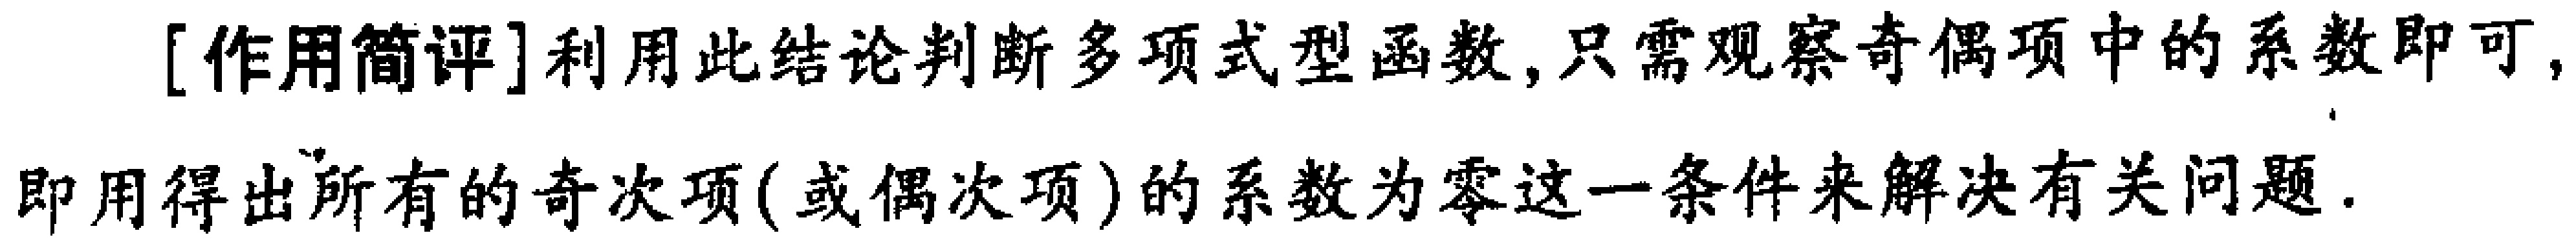
[作用简评]利用此结论判断多项式型函数,只需观察奇偶项中的系数即可,即用得出所有的奇次项(或偶次项)的系数为零这一条件来解决有关问题.